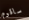
ساقوم